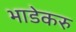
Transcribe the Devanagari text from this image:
भाडेकरु